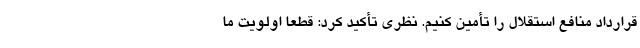
قرارداد منافع استقلال را تأمین کنیم. نظری تأکید کرد: قطعا اولویت ما